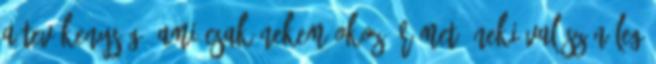
a tevékenység, ami csak nekem okoz örömet, neki valószínűleg